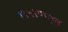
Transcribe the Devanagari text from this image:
१९५१पासून